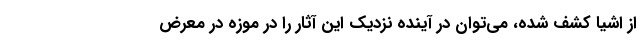
از اشیا کشف شده، می‌توان در آینده نزدیک این آثار را در موزه در معرض